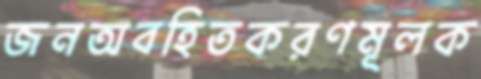
জনঅবহিতকরণমূলক